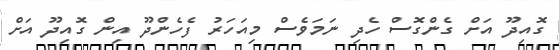
ގޮއިދޫ އަށް ގެންގޮސް ހެދި ނަމަވެސް މިއަހަރު ފެހެންދޫ އިން ގޮއިދޫ އަށް